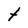
Character: t